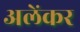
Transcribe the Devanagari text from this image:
अलेंकर